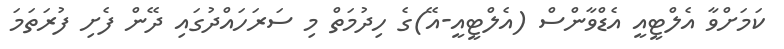
ކަމަށްވާ އެލްޓީއީ އެޑްވާންސް (އެލްޓީއީ-އޭ)ގެ ހިދުމަތް މި ސަރަހައްދުގައި ދޭން ފެށި ފުރަތަމަ